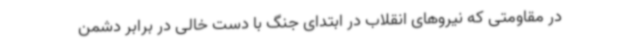
در مقاومتی که نیروهای انقلاب در ابتدای جنگ با دست خالی در برابر دشمن